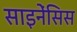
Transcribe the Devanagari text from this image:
साइनेंसिस